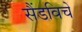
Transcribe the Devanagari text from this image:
सैंडविचें